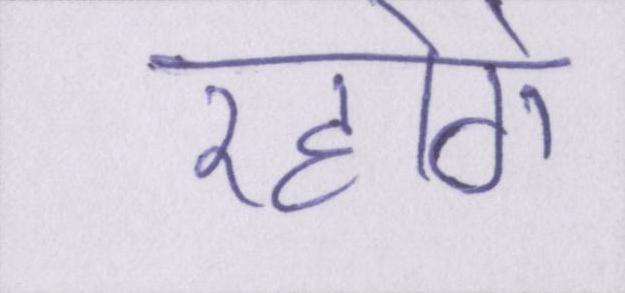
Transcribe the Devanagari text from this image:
रहोगे